Lunatic asylums Madras 1877-1891 - 1877-1891
Year: 1877
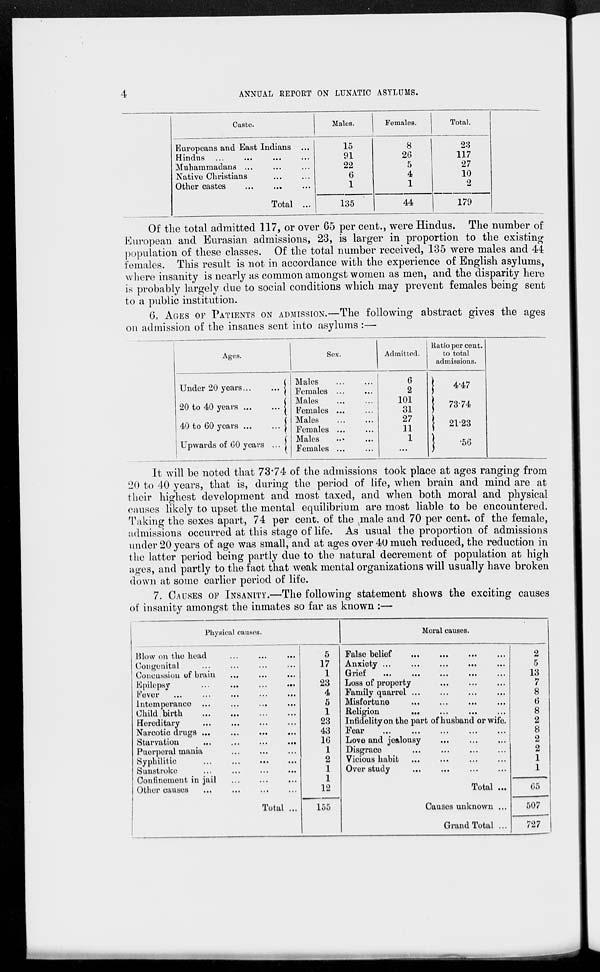
4
ANNUAL REPORT ON LUNATIC ASYLUMS.
Caste.
Europeans and East Indians ....
Hindus ...
... ... ...
Muhammadans ... ... ...
Native Christians ... ...
Other castes ... ... ...
Total ...
Males.
15
91
22
6
1
135
Females.
8
26
5
4
1
44
Total.
23
117
27
10
2
179
Of the total admitted 117, or over 65 per cent., were Hindus. The number of
European and Eurasian admissions, 23, is larger in proportion to the existing
population of these classes. Of the total number received, 135 were males and 44
females. This result is not in accordance with the experience of English asylums,
where insanity is nearly as common amongst women as men, and the disparity here
is probably largely due to social conditions which may prevent females being sent
to a public institution.
6. AGES OF PATIENTS ON ADMISSION.—The following abstract gives the ages
on admission of the insanes sent into asylums :—
Ages.
Under 20 years ... ...
20 to 40 years ... ...
40 to 60 years ... ...
Upwards of 60 years ...
Sex.
Males ... ...
Females ... ...
Males ... ...
Females ... ...
Males ... ...
Females ... ...
Males ... ...
Females ... ...
Admitted.
6
2
101
31
27
11
1
...
Ratio per cent.
to total
admissions.
4.47
73.74
21.23
.56
It will be noted that 73.74 of the admissions took place at ages ranging from
20 to 40 years, that is, during the period of life, when brain and mind are at
their highest development and most taxed, and when both moral and physical
causes likely to upset the mental equilibrium are most liable to be encountered.
Taking the sexes apart, 74 per cent. of the male and 70 per cent. of the female,
admissions occurred at this stage of life. As usual the proportion of admissions
under 20 years of age was small, and at ages over 40 much reduced, the reduction in
the latter period being partly due to the natural decrement of population at high
ages, and partly to the fact that weak mental organizations will usually have broken
down at some earlier period of life.
7. CAUSES OF INSANITY.—The following statement shows the exciting causes
of insanity amongst the inmates so far as known :—
Physical causes.
Blow on the head
...
...
...
Congenital ... ... ...
Concussion of brain
...
...
...
Epilepsy
...
...
...
...
Fever ... ... ... ... ...
Intemperance ... ... ... ...
Child birth ... ... ... ...
Hereditary ... ... ... ...
Narcotic drugs ... ... ... ...
Starvation ... ... ... ...
Puerperal mania ... ... ...
Syphilitic ... ... ... ...
Sunstroke ... ... ... ...
Confinement in jail ... ... ...
Other causes ... ... ... ...
Total ...
5
17
1
23
4
5
1
23
43
16
1
2
1
1
12
155
Moral causes.
False belief ... ... ... ...
Anxiety ...
...
...
...
...
Grief
...
...
...
...
...
Loss of property ... ... ...
Family quarrel ... ... ... ...
Misfortune ... ... ... ...
Religion ... ...
...
...
Infidelity on the part of husband or wife.
Fear
...
...
...
...
...
Love and jealousy ... ... ...
Disgrace ... ... ... ...
Vicious habit ... ... ... ...
Over study
... ... ... ...
Total ...
Causes unknown ...
Grand Total ...
2
5
13
7
8
6
8
2
8
2
2
1
1
65
507
727